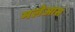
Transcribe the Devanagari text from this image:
मलेआस